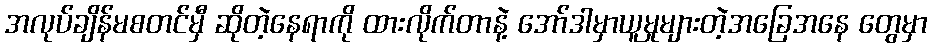
အလုပ်ချိန်မစတင်မှီ ဆိုတဲ့နေရာကို ထားလိုက်တာနဲ့ အော်ဒါမှာယူမှုများတဲ့အခြေအနေ တွေမှာ